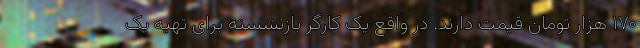
۱۷۰ هزار تومان قیمت دارند. در واقع یک کارگر بازنشسته برای تهیه یک